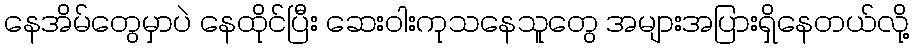
နေအိမ်တွေမှာပဲ နေထိုင်ပြီး ဆေးဝါးကုသနေသူတွေ အများအပြားရှိနေတယ်လို့